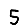
Digit: 5